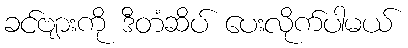
ခင်ဗျားကို ဒီတံဆိပ် ပေးလိုက်ပါမယ်